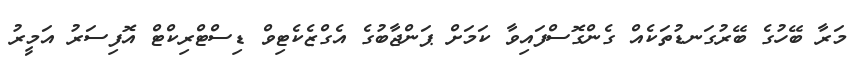
މަރާ ބޭހުގެ ބޭރުގަނޑުތަކެއް ގެންގޮސްފައިވާ ކަމަށް ޕަންޖާބުގެ އެގްޒެކެޓިވް ޑިސްޓްރިކްޓް އޮފިސަރު އަމީރު